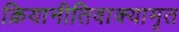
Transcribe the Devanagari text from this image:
क्रियानीतिवाक्यामृत